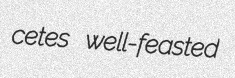
cetes well-feasted